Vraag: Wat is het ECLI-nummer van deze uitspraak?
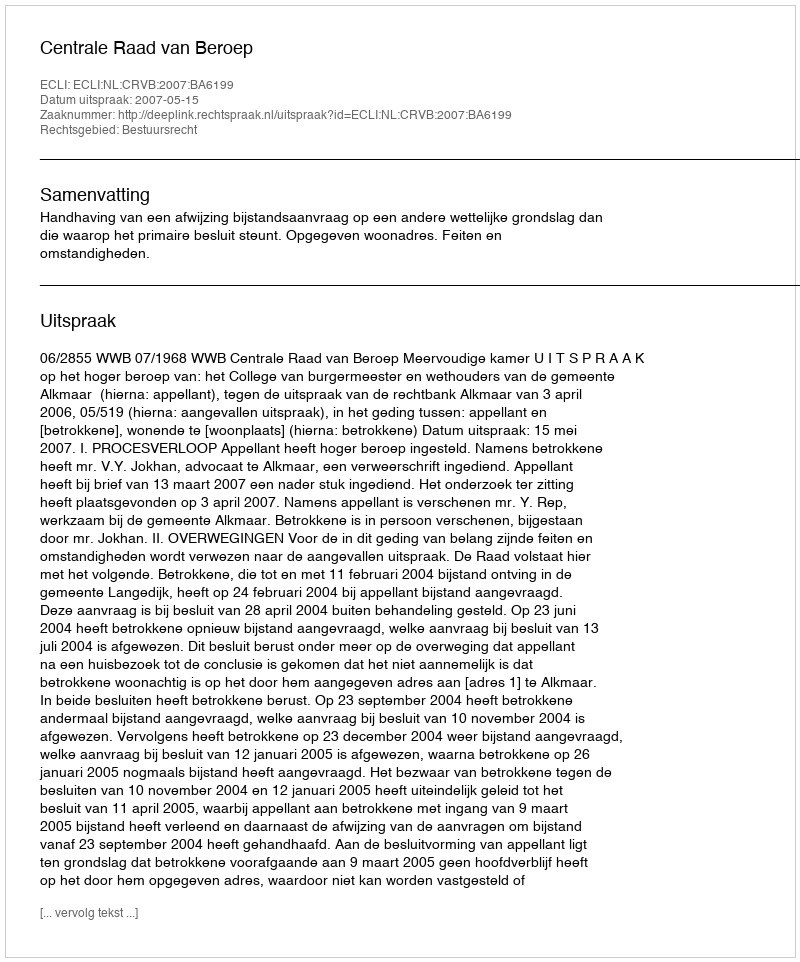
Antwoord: ECLI:NL:CRVB:2007:BA6199